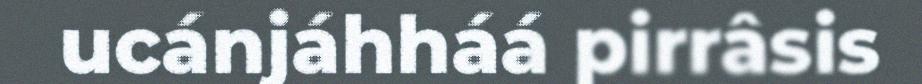
ucánjáhháá pirrâsis